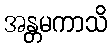
အန္တမကာသိ